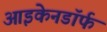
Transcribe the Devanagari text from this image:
आइकेनडॉर्फ